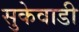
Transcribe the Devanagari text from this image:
सुकेवाडी